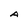
Character: A